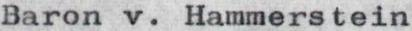
Baron v. Hammerstein